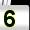
Digit: 5